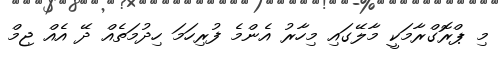
މި ޕްރޮގްރާމަކީ މާލޭގައި މިހާރު އެންމެ ފުރިހަމަ ހިދުމަތެއް ދޭ އެއް ޖިމް